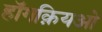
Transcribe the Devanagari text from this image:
हॉंगक़ियओ